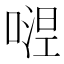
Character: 𭉴